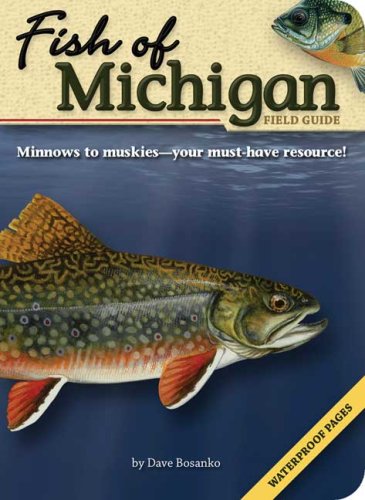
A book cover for Fish of Michigan Field Guide; Dave Bosanko; Sports & Outdoors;